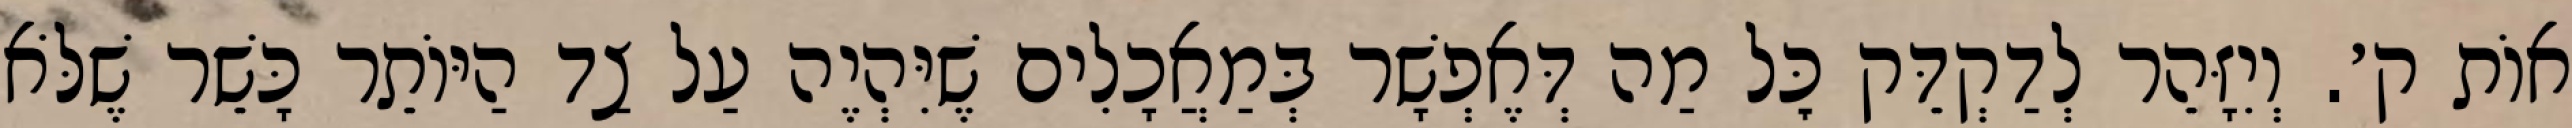
אוֹת ק׳. וְיִזָּהֵר לְדַקְדֵּק כׇּל מַה דְּאֶפְשָׁר בְּמַאֲכָלִים שֶׁיִּהְיֶה עַל צַד הַיּוֹתֵר כָּשֵׁר שֶׁלֹּא